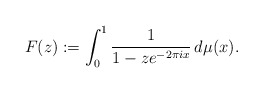
\begin{align*}F(z):=\int_{0}^{1}\frac{1}{1-ze^{-2\pi ix}}\,d\mu(x).\end{align*}